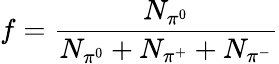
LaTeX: f=\frac{N_{\pi^{0}}}{N_{\pi^{0}}+N_{\pi^{+}}+N_{\pi^{-}}}